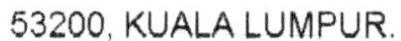
53200, KUALA LUMPUR